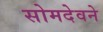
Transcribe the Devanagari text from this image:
सोमदेवने